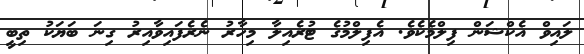
ލައިވް އެކްޝަން ފިލްމެކެވެ. އެފިލްމުގެ ޓުރެއިލާ މިހާރު ނެރެފައިވާއިރު ގިނަ ބަޔަކު ތިބީ